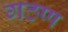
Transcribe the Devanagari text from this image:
गठण